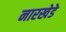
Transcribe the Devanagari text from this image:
नारखेडे